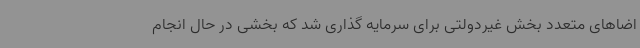
اضاهای متعدد بخش غیردولتی برای سرمایه گذاری شد که بخشی در حال انجام